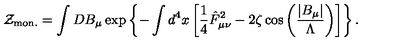
{ \cal Z } _ { \mathrm { m o n . } } = \int D B _ { \mu } \exp \left\{ - \int d ^ { 4 } x \left[ \frac 1 4 \hat { F } _ { \mu \nu } ^ { 2 } - 2 \zeta \cos \left( \frac { \left| B _ { \mu } \right| } { \Lambda } \right) \right] \right\} .